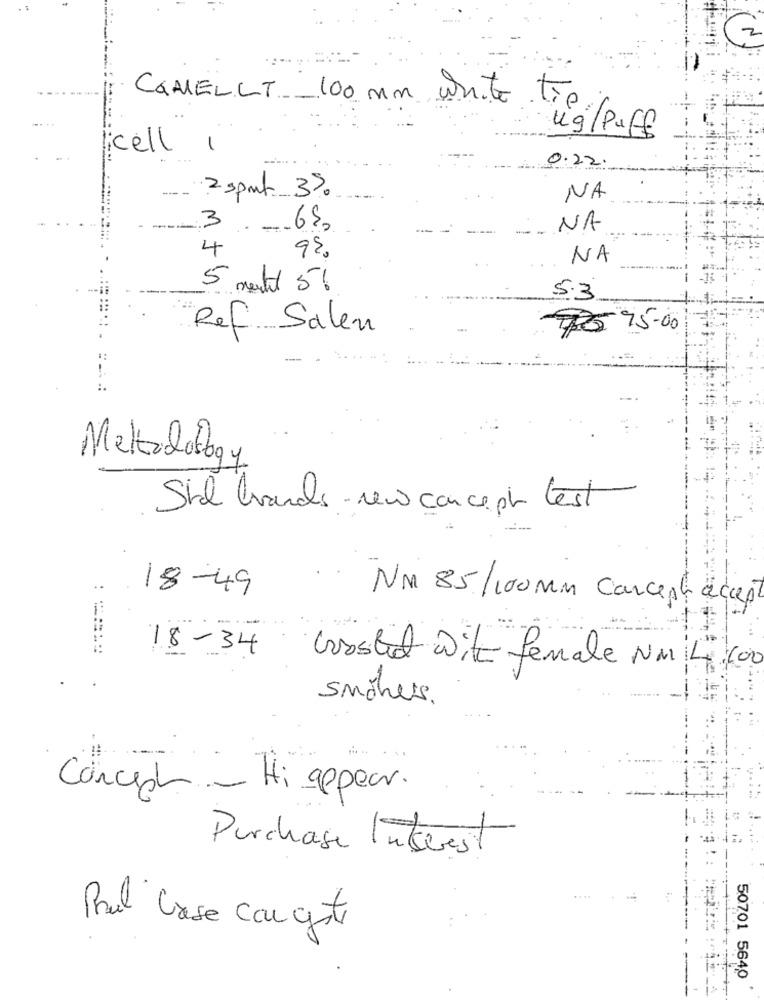
COMELLT 100 mm white lie /puff
Kell ,
0.22.
2 sport 3%.
NA
365
NA
4
NA
5 months 5%
5.3
Ref Salen
$5 95.00
Metodofogy
Shl brands - new concept test
18-49
NM 85/100 Mm Carcept accept
# 18-34 boosted wie female NM 4 100
smothers.
Concept - Hi appear.
Purchase Interest
Pul Case con gesti
50701 5640